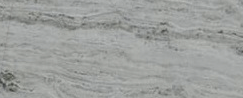
ممنوع الوقوف